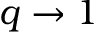
q \to 1